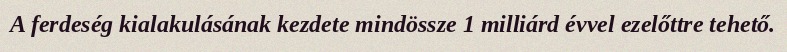
A ferdeség kialakulásának kezdete mindössze 1 milliárd évvel ezelőttre tehető.